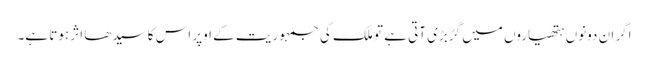
اگر ان دونوں ہتھیاروں میں گڑبڑی آتی ہے تو ملک کی جمہوریت کے اوپر اس کا سیدھا اثر ہوتا ہے۔